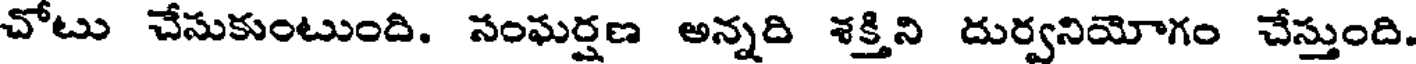
చోటు చేసుకుంటుంది. సంఘర్షణ అన్నది శక్తిని దుర్వనియోగం చేస్తుంది.